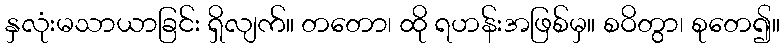
နှလုံးမသာယာခြင်း ရှိလျက်။ တတော၊ ထို ရဟန်းအဖြစ်မှ။ စဝိတွာ၊ စုတေ၍။